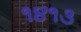
૧૪૧૩